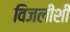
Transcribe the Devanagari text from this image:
विजलीशी